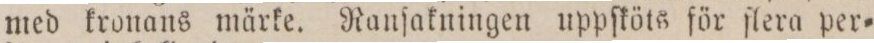
med kronans märke. Ranſakningen uppſköts för ſlera per=